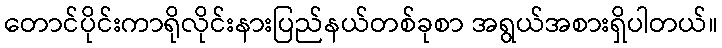
တောင်ပိုင်းကာရိုလိုင်းနားပြည်နယ်တစ်ခုစာ အရွယ်အစားရှိပါတယ်။